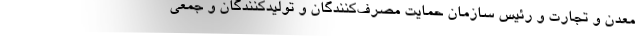
معدن و تجارت و رئیس سازمان حمایت مصرف‌کنندگان و تولیدکنندگان و جمعی